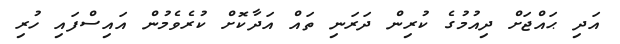
އަދި ޙައްޖަށް ދިއުމުގެ ކުރިން ދަރަނި ތައް އަދާކޮށް ކުރެވެމުން އައިސްފައި ހުރި